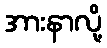
အားနာလို့